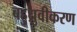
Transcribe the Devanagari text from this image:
बहुध्रुवीकरण